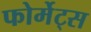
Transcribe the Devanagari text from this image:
फोर्मेट्स